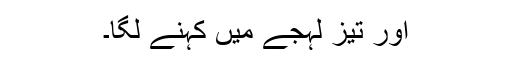
اور تیز لہجے میں کہنے لگا۔